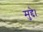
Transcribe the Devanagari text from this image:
मुद्दे।